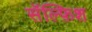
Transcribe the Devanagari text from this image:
सॅल्फ़िश